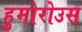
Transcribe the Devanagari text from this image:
हुमोरोउस